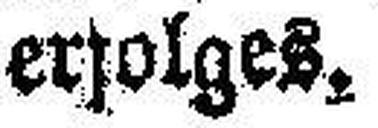
erfolges.